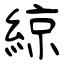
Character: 綡